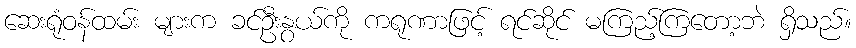
ဆေးရုံဝန်ထမ်း များက ခင်ဦးနွယ်ကို ကရုဏာဖြင့် ရင်ဆိုင် မကြည့်ကြတော့ဘဲ ရှိသည်။